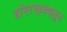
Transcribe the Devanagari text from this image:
डोंगरपट्ट्यातून